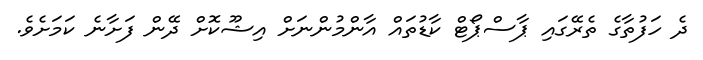
ދެ ހަފުތާގެ ތެރޭގައި ޕާސްޕޯޓް ކާޑުތައް އާންމުންނަށް އިޝޫކޮށް ދޭން ފަށާނެ ކަމަށެވެ.